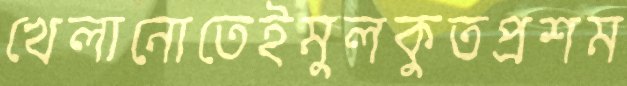
খেলানোতেইমুলকুতপ্রশম